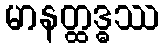
မာနတ္ထဒ္ဓဿ